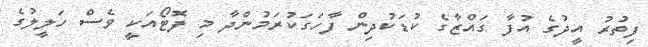
ފިތުރު އީދުގެ އުފާ ގައްޒާގެ ކުޑަކުދިން ފާހަގަކުރަމުންދާ މި ފޮޓޯއަކީ ވެސް ހަލީލުގެ